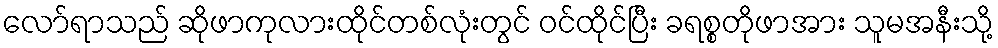
လော်ရာသည် ဆိုဖာကုလားထိုင်တစ်လုံးတွင် ဝင်ထိုင်ပြီး ခရစ္စတိုဖာအား သူမအနီးသို့